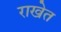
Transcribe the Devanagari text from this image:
राखेत